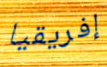
إفريقيا